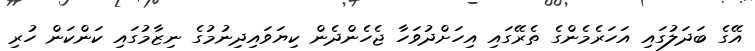
އޭގެ ބަދަލުގައި އަހަރެމެންގެ ތެރޭގައި އިހަށްދުވަހާ ޖެހެންދެން ކިޔަވައިދިނުމުގެ ނިޒާމުގައި ކަންކަން ހުރި